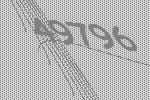
49796